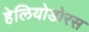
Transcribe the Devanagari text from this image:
हेलियोडोरस